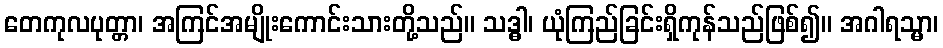
တေကုလပုတ္တာ၊ အကြင်အမျိုးကောင်းသားတို့သည်။ သဒ္ဓါ၊ ယုံကြည်ခြင်းရှိကုန်သည်ဖြစ်၍။ အဂါရသ္မာ၊